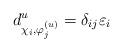
LaTeX: \begin{align*}d_{{\chi_i, \varphi_{j}^{(u)}}}^u = \delta_{ij}\varepsilon_i \end{align*}